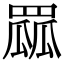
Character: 𦋯